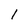
Character: 1